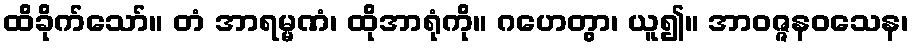
ထိခိုက်သော်။ တံ အာရမ္မဏံ၊ ထိုအာရုံကို။ ဂဟေတွာ၊ ယူ၍။ အာဝဇ္ဇနဝသေန၊